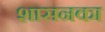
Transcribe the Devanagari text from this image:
शासनका